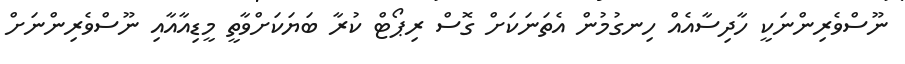
ނޫސްވެރިންނަކީ ހާދިސާއެއް ހިނގުމުން އެތަނަކަށް ގޮސް ރިޕޯޓް ކުރާ ބަޔަކަށްވާތީ މީޑިއާއާއި ނޫސްވެރިންނަށް